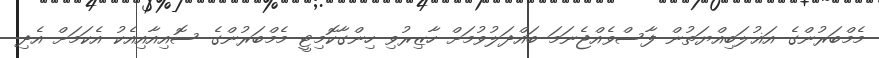
މެމްބަރުންގެ އަޣުލަބިއްޔަތުން ފާސްވެއްޖެނަމަ ބައްދަލުވުމަށް ހާޒިރުވި ހިންގާކޮމިޓީ މެމްބަރުންގެ ސޮއިއާއިއެކު އެކަމަށް އެދި